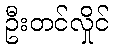
ဦးတင်လှိုင်